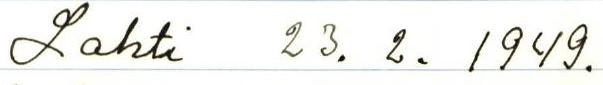
Lahti 23.2.1949